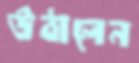
উঠালেন